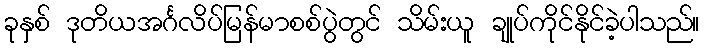
ခုနှစ် ဒုတိယအင်္ဂလိပ်မြန်မာစစ်ပွဲတွင် သိမ်းယူ ချုပ်ကိုင်နိုင်ခဲ့ပါသည်။